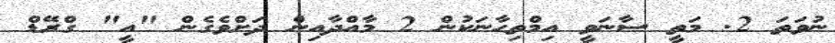
ނުވަތަ 2. މަތީ ސާނަވީ އިމްތިޙާނަކުން 2 މާއްދާއިން ދަށްވެގެން "އީ" ގްރޭޑް